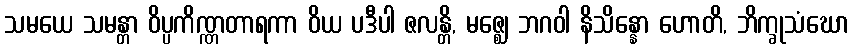
သမယေ သမန္တာ ဝိပ္ပကိဏ္ဏတာရကာ ဝိယ ပဒီပါ ဇလန္တိ, မဇ္ဈေ ဘဂဝါ နိသိန္နော ဟောတိ, ဘိက္ခုသံဃော